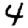
Digit: 4